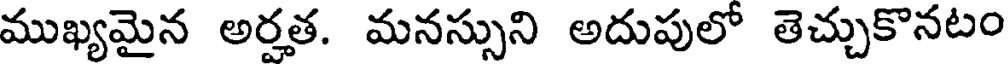
ముఖ్యమైన అర్హత. మనస్సుని అదుపులో తెచ్చుకొనటం